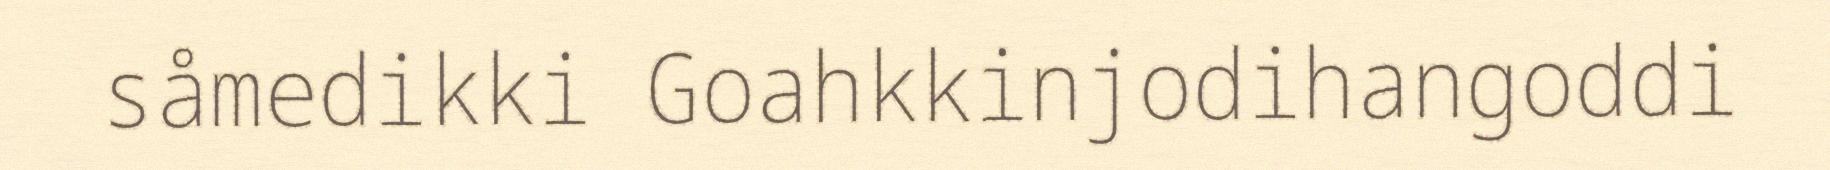
såmedikki Goahkkinjodihangoddi